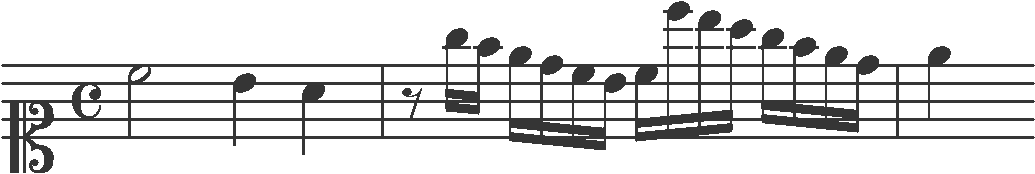
Transcription: clef-C1 timeSignature-C note-C5_half note-B4_quarter note-A4_quarter barline rest-eighth note-G5_sixteenth note-F5_sixteenth note-E5_sixteenth note-D5_sixteenth note-C5_sixteenth note-B4_sixteenth note-C5_sixteenth note-C6_sixteenth note-B5_sixteenth note-A5_sixteenth note-G5_sixteenth note-F5_sixteenth note-E5_sixteenth note-D5_sixteenth barline note-E5_quarter